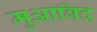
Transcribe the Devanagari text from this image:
मुआबिद